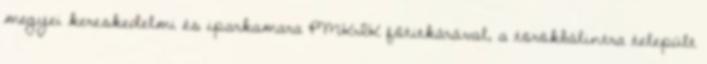
megyei kereskedelmi és iparkamara PMKIK főtitkárával, a törökbálintra települt